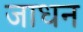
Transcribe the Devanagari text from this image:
जाधन